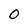
Character: o